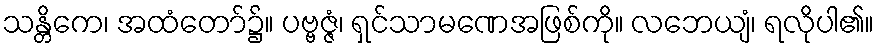
သန္တိကေ၊ အထံတော်၌။ ပဗ္ဗဇ္ဇံ၊ ရှင်သာမဏေအဖြစ်ကို။ လဘေယျံ၊ ရလိုပါ၏။